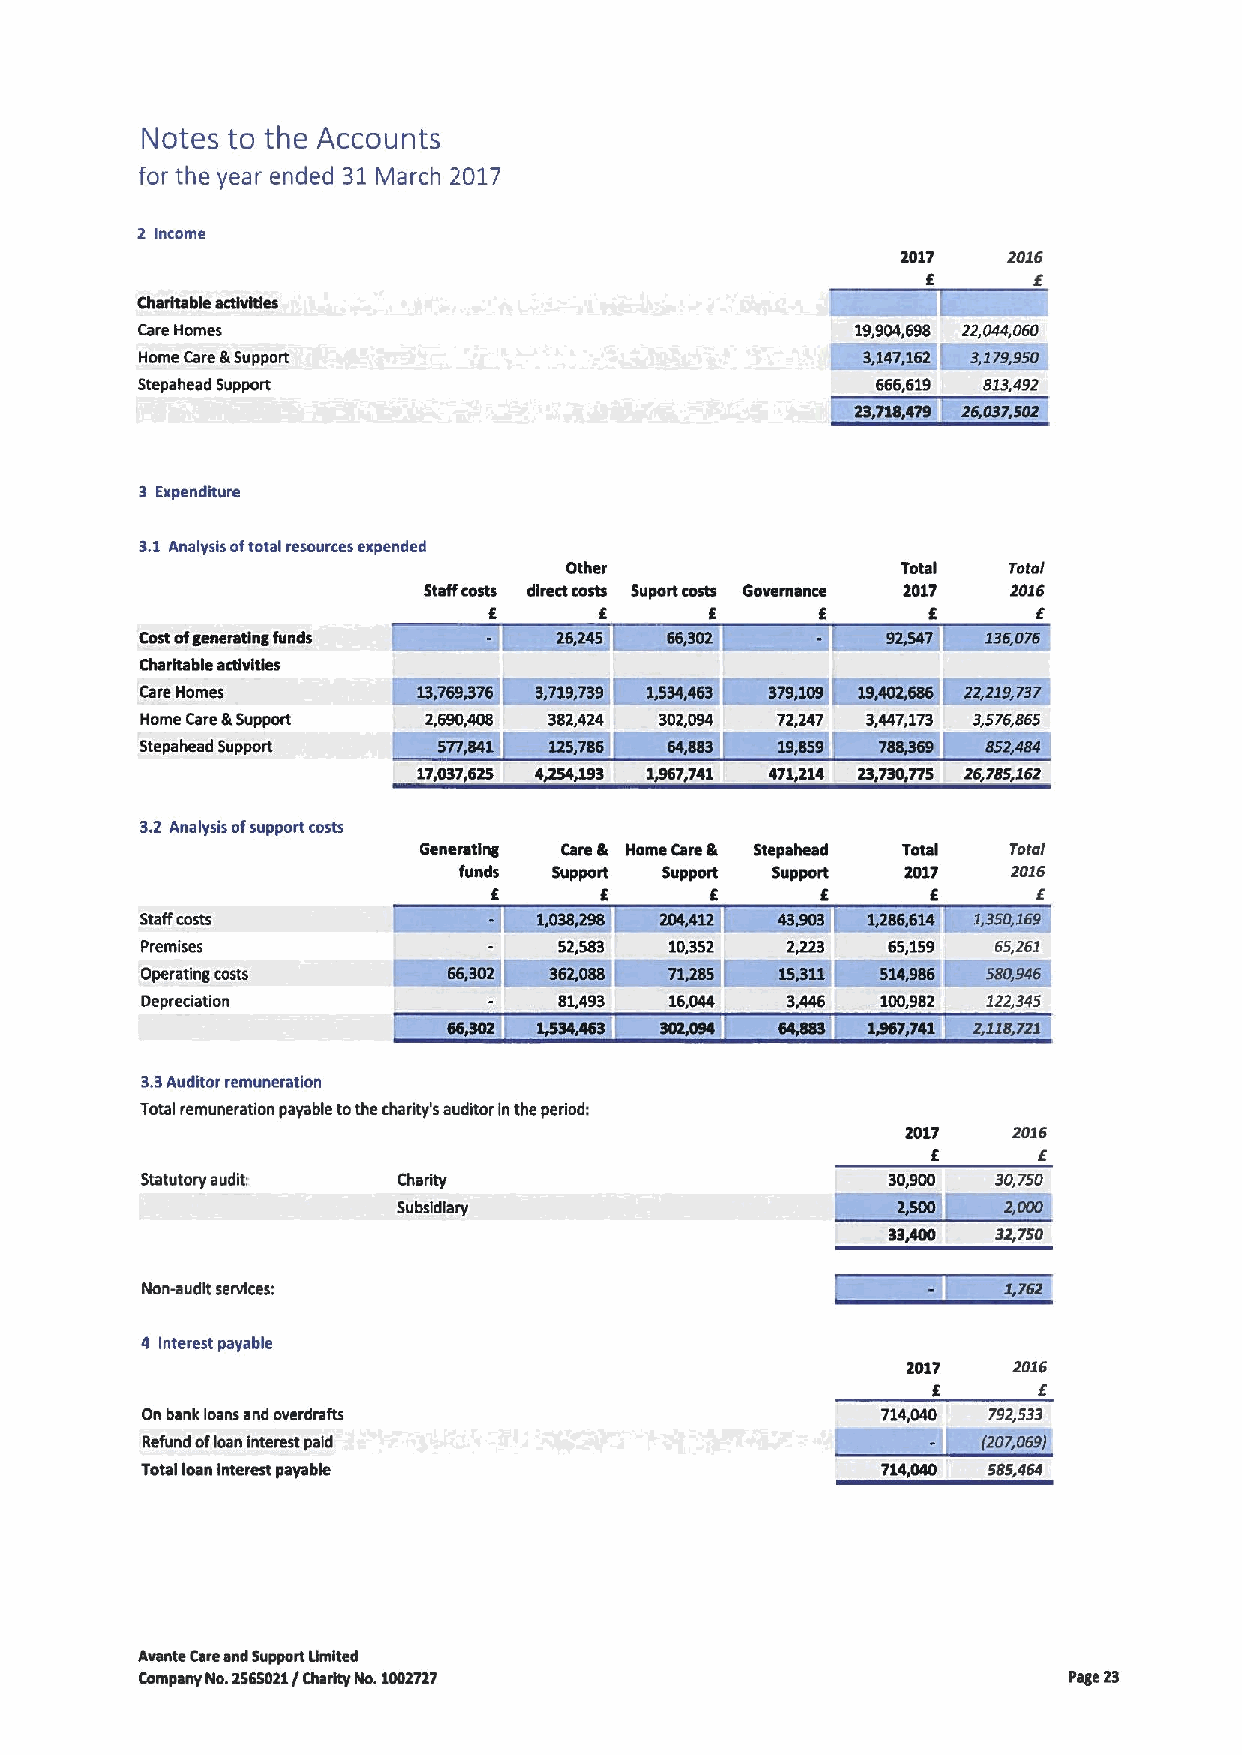
Notes to the Accounts
 for the year ended 31March 2017
 2 income
 2017   2016
 6      6
 Charitable activities
 Care Homes                                      19,904,698 22,044,060
 Home Care 8 Support                           ~$, 4~7,162 ~3, 2 995/0
 Stepahead Support                                666,619 813,492
 2 f117,5
 3 Expenditure
 3.1Analysis oftotal resources expended
 Other                  Total  Total
 Staffcosts direct costs Suport costs Governance 2017 2016
 E       6      6      6      8       E
 Costofgenerating funds
 ~El
 Charitable activities
 KiHK&KH&RRIMZHREKKSRI
 Care Homes
 Home Care8 Support 2,690,408 382,424 302,094 72,247 3,447,173 3,576,665
 Stepahead Support           5, 6
 1931,
 17,0$7,625 4,254, 967,741 471,214 23@$0,775 26,785,162
 3.2 Analysis ofsupport costs
 Generating Care gr Home Caregr Stepahead Total rotor
 funds  Support Support Support 2017  2016
 6       E      E      6       6      6
 Staffcosts
 ~m~mg~m~EIMIEI~
 Premises                    52,583 10,352  2,223  65,159 65,261
 Operating costs
 Depreciation                81,493 16.044  3,446 100,982 122,345
 3.3Auditor remuneration
 Total remuneration payable tothe shanty's auditor inthe period:
 2017   2026
 E      E
 Statutory audi't Charity                                 30,750
 Subsidiary
 $$~
 32,750
 Hon-audit services:
 4 Interest payable
 2017   2016
 E
 On bank loans and overdrafts                     714,040 752,533
 Refund ofloan interest paid
 Total loan Interest payable                      7142HD 585,464
 Avante Careand Support Umlted
 Company Ho.2565021/ Charity Ho.1002727                        Page 23